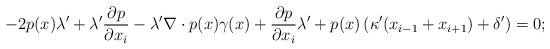
LaTeX: \begin{align*} -2p(x)\lambda' + \lambda'\frac{\partial p}{\partial x_i} -\lambda' \nabla \cdot p(x)\gamma(x) + \frac{\partial p}{\partial x_i}\lambda' + p(x) \left(\kappa'(x_{i-1}+x_{i+1}) + \delta'\right) = 0; \end{align*}